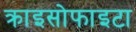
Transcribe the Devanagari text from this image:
क्राइसोफाइटा